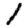
Digit: 1